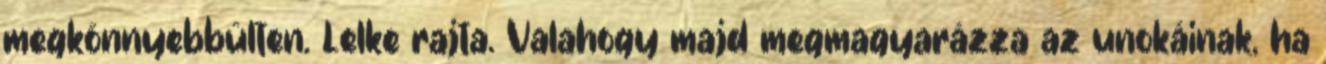
megkönnyebbülten. Lelke rajta. Valahogy majd megmagyarázza az unokáinak, ha